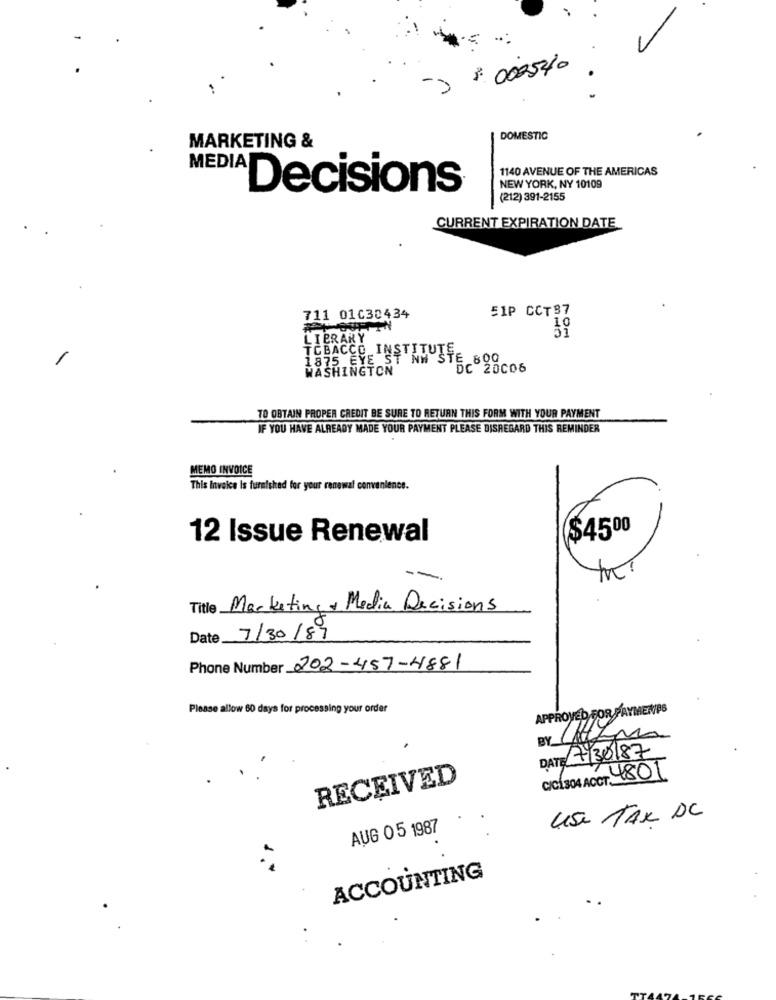
º 000540
DOMESTIC
MARKETING &
1140 AVENUE OF THE AMERICAS
Decisions
NEW YORK, NY 10109
(212) 391-2155
CURRENT EXPIRATION DATE
51P CCT87
711 01030434
LIBRARY
TOBACCO INSTITUTE,
1875 EYE ST NW STE 800
WASHINGTON
DC 20006
TO OBTAIN PROPER CREDIT BE SURE TO RETURN THIS FORM WITH YOUR PAYMENT
IF YOU HAVE ALREADY MADE YOUR PAYMENT PLEASE DISREGARD THIS REMINDER
MEMO INVOICE
This Invoice Is furnished for your renewal convenience.
$4500
12 Issue Renewal
Title Marketing & Media Decisions
Date
7/30/89
Phone Number 202-457-4881
Please allow 60 days for processing your order
APPROVED FOR PAYMENTS
BY CHEZ
DATE 17/30/87
C/C1304 ACCT. 4801
RECEIVED
Use TAX DC
AUG 05 1987
ACCOUNTING